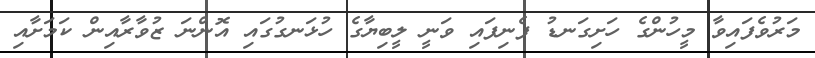
މަރުވެފައިވާ މީހުންގެ ހަށިގަނޑު ފެނިފައި ވަނީ ލީބިޔާގެ ހުޅަނގުގައި އޮންނަ ޒުވާރާއިން ކަމަށާއި